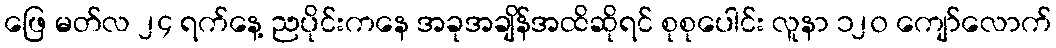
ဖြေ မတ်လ ၂၄ ရက်နေ့ ညပိုင်းကနေ အခုအချိန်အထိဆိုရင် စုစုပေါင်း လူနာ ၁၂၀ ကျော်လောက်